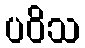
ပဝိသ